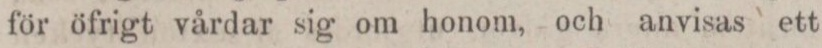
för öfrigt vårdar sig om honom, och anvisas ett